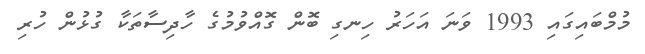
މުމްބައިގައި 1993 ވަނަ އަހަރު ހިނގި ބޮން ގޮއްވުމުގެ ހާދިސާތަކާ ގުޅުން ހުރި